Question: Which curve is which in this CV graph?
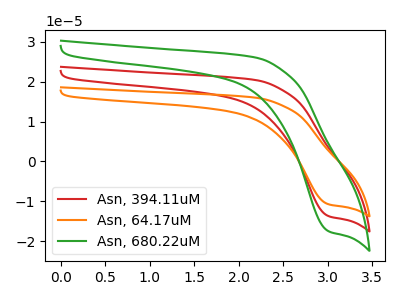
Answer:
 <answer>The red curve is labeled "Asn, 394.11uM". The orange curve is labeled "Asn, 64.17uM". The green curve is labeled "Asn, 680.22uM".</answer>
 <eval></eval>